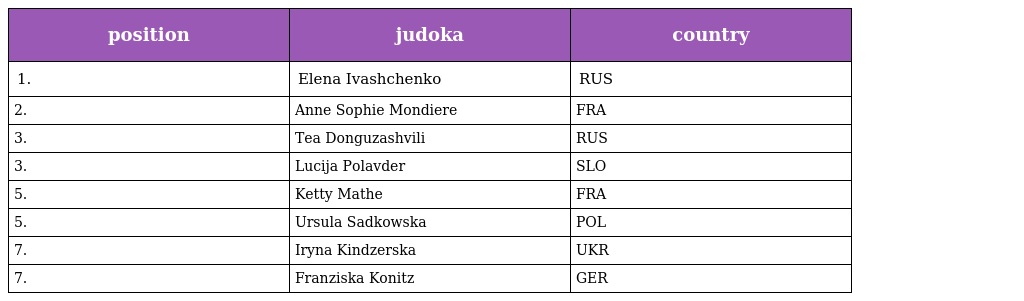
| position | judoka | country |
 | --- | --- | --- |
 | 1. | Elena Ivashchenko | RUS |
 | 2. | Anne Sophie Mondiere | FRA |
 | 3. | Tea Donguzashvili | RUS |
 | 3. | Lucija Polavder | SLO |
 | 5. | Ketty Mathe | FRA |
 | 5. | Ursula Sadkowska | POL |
 | 7. | Iryna Kindzerska | UKR |
 | 7. | Franziska Konitz | GER |